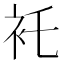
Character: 𧘐